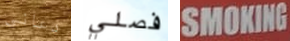
دعاني فصلي SMOKING